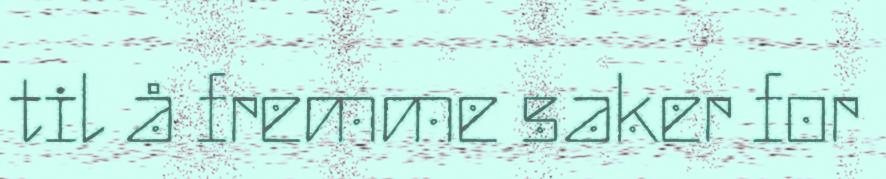
til å fremme saker for